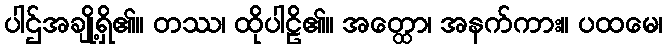
ပါဌ်အချို့ရှိ၏။ တဿ၊ ထိုပါဠိ၏။ အတ္ထော၊ အနက်ကား။ ပထမေ၊